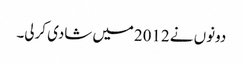
دونوں نے 2012میں شادی کرلی۔